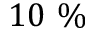
1 0 ~ \%